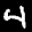
Label: 4